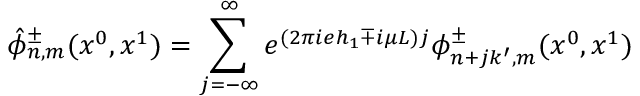
\hat { \phi } _ { n , m } ^ { \pm } ( x ^ { 0 } , x ^ { 1 } ) = \sum _ { j = - \infty } ^ { \infty } e ^ { ( 2 \pi i e h _ { 1 } \mp i \mu L ) j } \phi _ { n + j k ^ { \prime } , m } ^ { \pm } ( x ^ { 0 } , x ^ { 1 } )